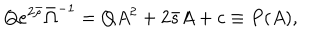
Q e ^ { 2 \bar { \rho } } \bar { \Omega } ^ { - 1 } = Q A ^ { 2 } + 2 \bar { s } A + c \equiv P ( A ) ,